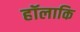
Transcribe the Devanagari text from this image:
हॉलाकि